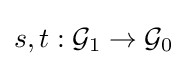
s,t:{\mathcal {G}}_{1}\to {\mathcal {G}}_{0}